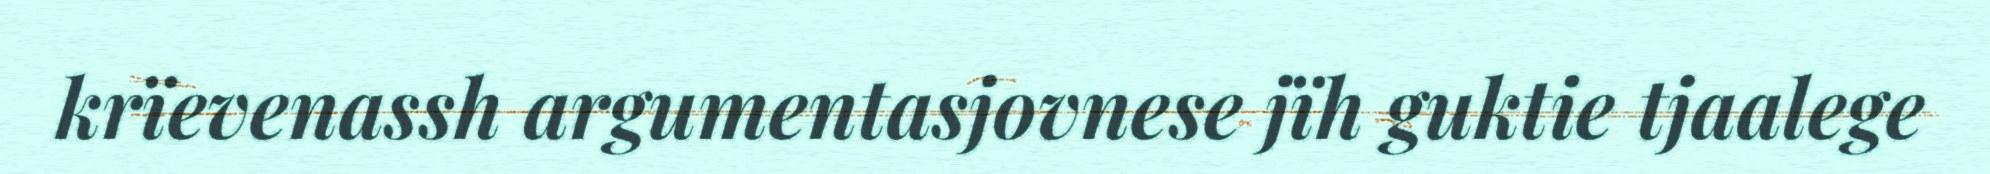
krïevenassh argumentasjovnese jïh guktie tjaalege